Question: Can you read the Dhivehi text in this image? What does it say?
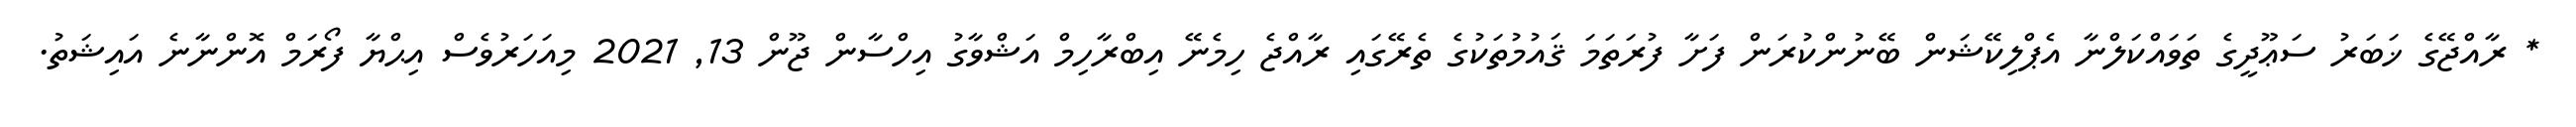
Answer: * ރާއްޖޭގެ ޚަބަރު ސަޢޫދީގެ ތަވައްކަލްނާ އެޕްލިކޭޝަން ބޭނުންކުރަން ފަށާ ފުރަތަމަ ޤައުމުތަކުގެ ތެރޭގައި ރާއްޖެ ހިމެނޭ އިބްރާހިމް އަޝްވާގު އިހްސާން ޖޫން 13, 2021 މިއަހަރުވެސް އިޙްޔާ ފޯރަމް އޮންނާނެ އައިޝަތު.